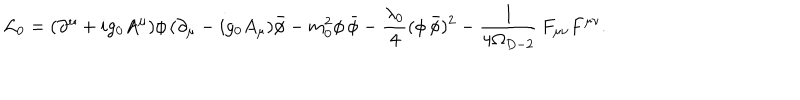
LaTeX: { \cal L } _ { 0 } = ( \partial ^ { \mu } + i g _ { 0 } A ^ { \mu } ) \phi \, ( \partial _ { \mu } - i g _ { 0 } A _ { \mu } ) { \bar { \phi } } - m _ { 0 } ^ { 2 } \phi \, { \bar { \phi } } - \frac { \lambda _ { 0 } } { 4 } ( \phi \, { \bar { \phi } } ) ^ { 2 } - \frac { 1 } { 4 \Omega _ { D - 2 } } \, F _ { \mu \nu } F ^ { \mu \nu } .